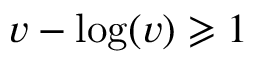
v - \log ( v ) \geqslant 1